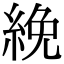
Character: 絻